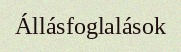
Állásfoglalások